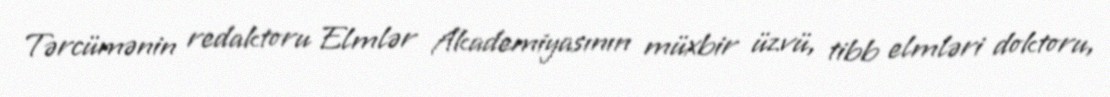
Tərcümənin redaktoru Elmlər Akademiyasının müxbir üzvü, tibb elmləri doktoru,